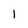
Character: 1